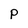
Character: P